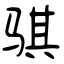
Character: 骐